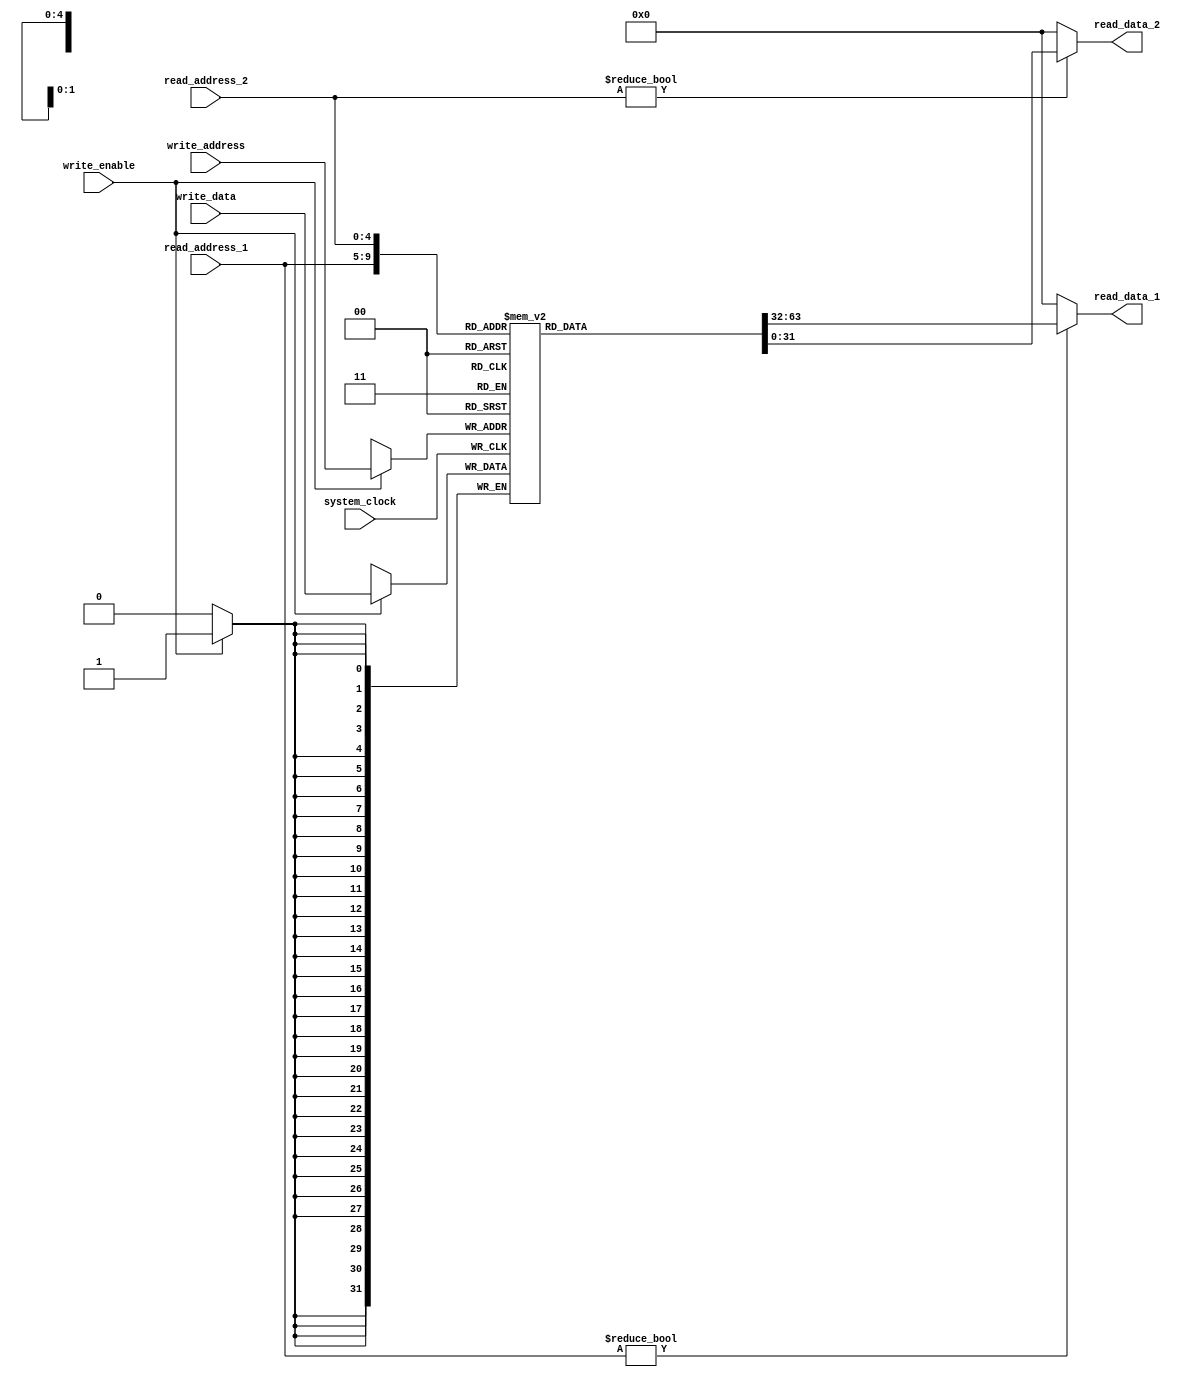
/*
 * General purpose registers with 2 output port (read) and 1 input port
*/
`ifndef _general_purpose_register
`define _general_purpose_register
        module general_purpose_register #(
                parameter REGISTER_SIZE = 32,
                // Default value for REGISTER_SIZE is 31 (actually 32 but you know anyway, just a verilog hassle)
                parameter ADDRESS_SIZE = $clog2(REGISTER_SIZE)      // Default address size for 31 registers, will be overridden if REGISTER_SIZE is different
            )(
                input system_clock,
                input write_enable,

                input [ADDRESS_SIZE-1:0] write_address,
                input [REGISTER_SIZE - 1:0] write_data,

                input [ADDRESS_SIZE-1:0] read_address_1, read_address_2,
                output [REGISTER_SIZE - 1:0] read_data_1, read_data_2
            );

            reg [31:0] registers[0:REGISTER_SIZE - 1];

            // Three-ported register file
            // Read two ports combinationally
            // Write on rising edge of clock

            always @(posedge system_clock)
            begin
                if (write_enable)
                begin
                    registers[write_address] <= write_data;
                end
            end

            assign read_data_1 = (read_address_1 != 0) ? registers[read_address_1] : 0;
            assign read_data_2 = (read_address_2 != 0) ? registers[read_address_2] : 0;


            integer i;

            initial
            begin
                for (i = 0; i < REGISTER_SIZE; i = i + 1)
                begin
                    registers[i] = 32'b0;
                end
            end

            generate
                genvar idx;
                for(idx = 0; idx < REGISTER_SIZE; idx = idx+1)
                begin: register
                    wire [31:0] registers_;
                    assign registers_ = registers[idx];
                end
            endgenerate

        endmodule

`endif